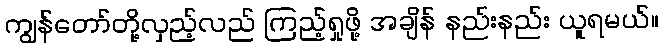
ကျွန်တော်တို့လှည့်လည် ကြည့်ရှုဖို့ အချိန် နည်းနည်း ယူရမယ်။